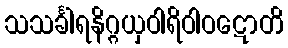
သသင်္ခါရနိဂ္ဂယှဝါရိဝါဝဋောတိ